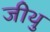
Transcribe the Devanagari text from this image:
जीथु